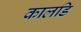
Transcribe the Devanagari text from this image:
कालडि